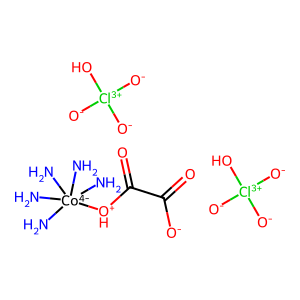
SMILES: N[Co-4](N)(N)(N)(N)[OH+]C(=O)C(=O)[O-].[O-][Cl+3]([O-])([O-])O.[O-][Cl+3]([O-])([O-])O
Inhibits HIV replication: No